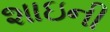
શાઇની